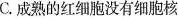
C.成熟的红细胞没有细胞核